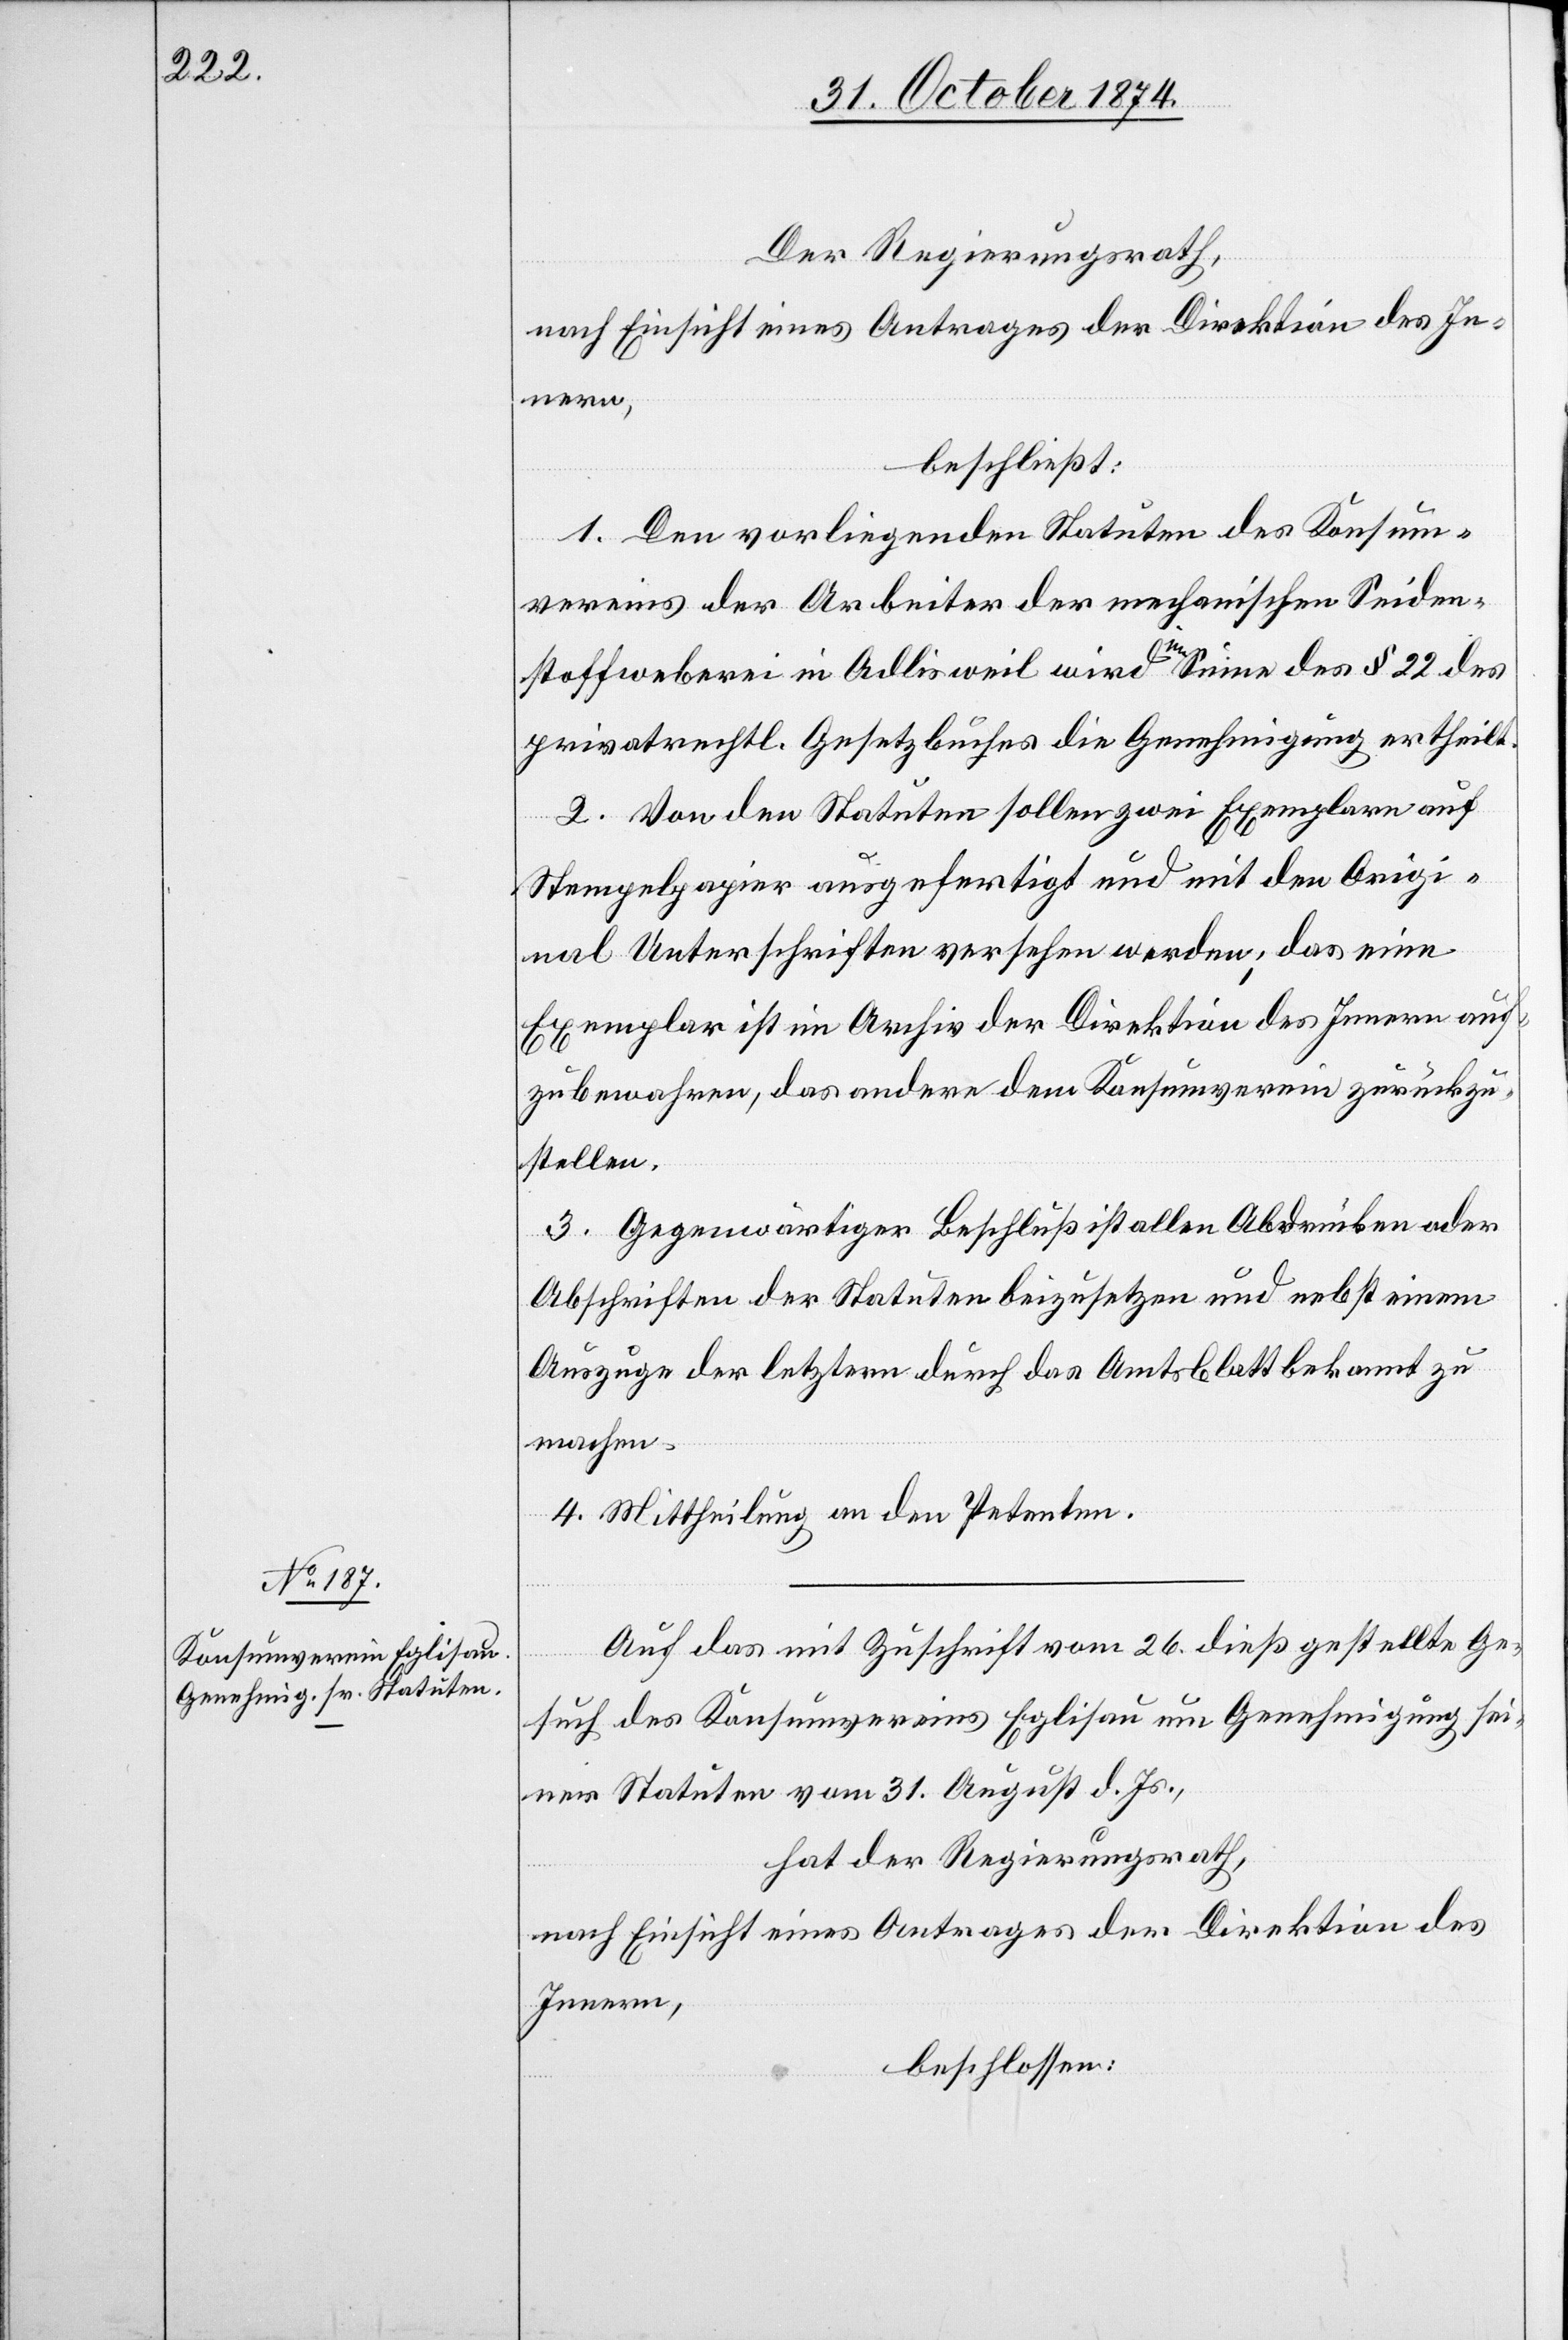
Der Regierungsrath,
nach Einsicht eines Antrages der Direktion des In¬
nern,
beschließt:
1. Den vorliegenden Statuten des Konsum¬
vereins der Arbeiter der mechanischen Seiden¬
stoffweberei in Adlisweil wird im Sinne des § 22 des
privatrechtl. Gesetzbuches die Genehmigung ertheilt.
2. Von den Statuten sollen zwei Exemplare auf
Stempelpapier ausgefertigt und mit den Origi¬
nal Unterschriften versehen werden; das eine
Exemplar ist im Archiv der Direktion des Innern auf¬
zubewahren, das andere dem Konsumverein zurückzu¬
stellen.
Auf das mit Zuschrift vom 26. dieß gestellte Ge¬
such des Konsumvereins Eglisau um Genehmigung sei¬
ner Statuten vom 31. August d. Js.,
hat der Regierungsrath,
nach Einsicht eines Antrages der Direktion des
Innern,
beschlossen: